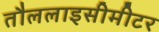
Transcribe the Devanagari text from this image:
तौललाइसीमीटर